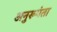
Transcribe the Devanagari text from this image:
अनुरूपंता